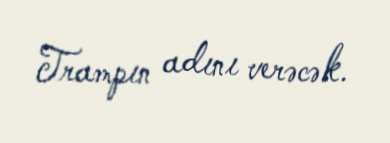
Trampın adını verəcək.